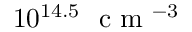
1 0 ^ { 1 4 . 5 } ~ \mathrm { ~ c ~ m ~ } ^ { - 3 }